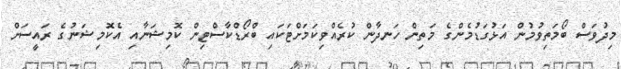
މިދުވަސް ބޯމަތިވުމުން އަޅުގަޑުމެންގެ މަތިން ހަނދާން ކުރެއްވިކަމަށްޓަކައި ބްރޯޑްކާސްޓިން ކޮމިޝަނާއި އެކޮމިޝަނުގެ ރައީސަށް